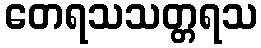
တေရသသတ္တရသ